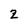
Character: 2